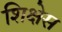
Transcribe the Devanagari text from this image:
शिक्षेस